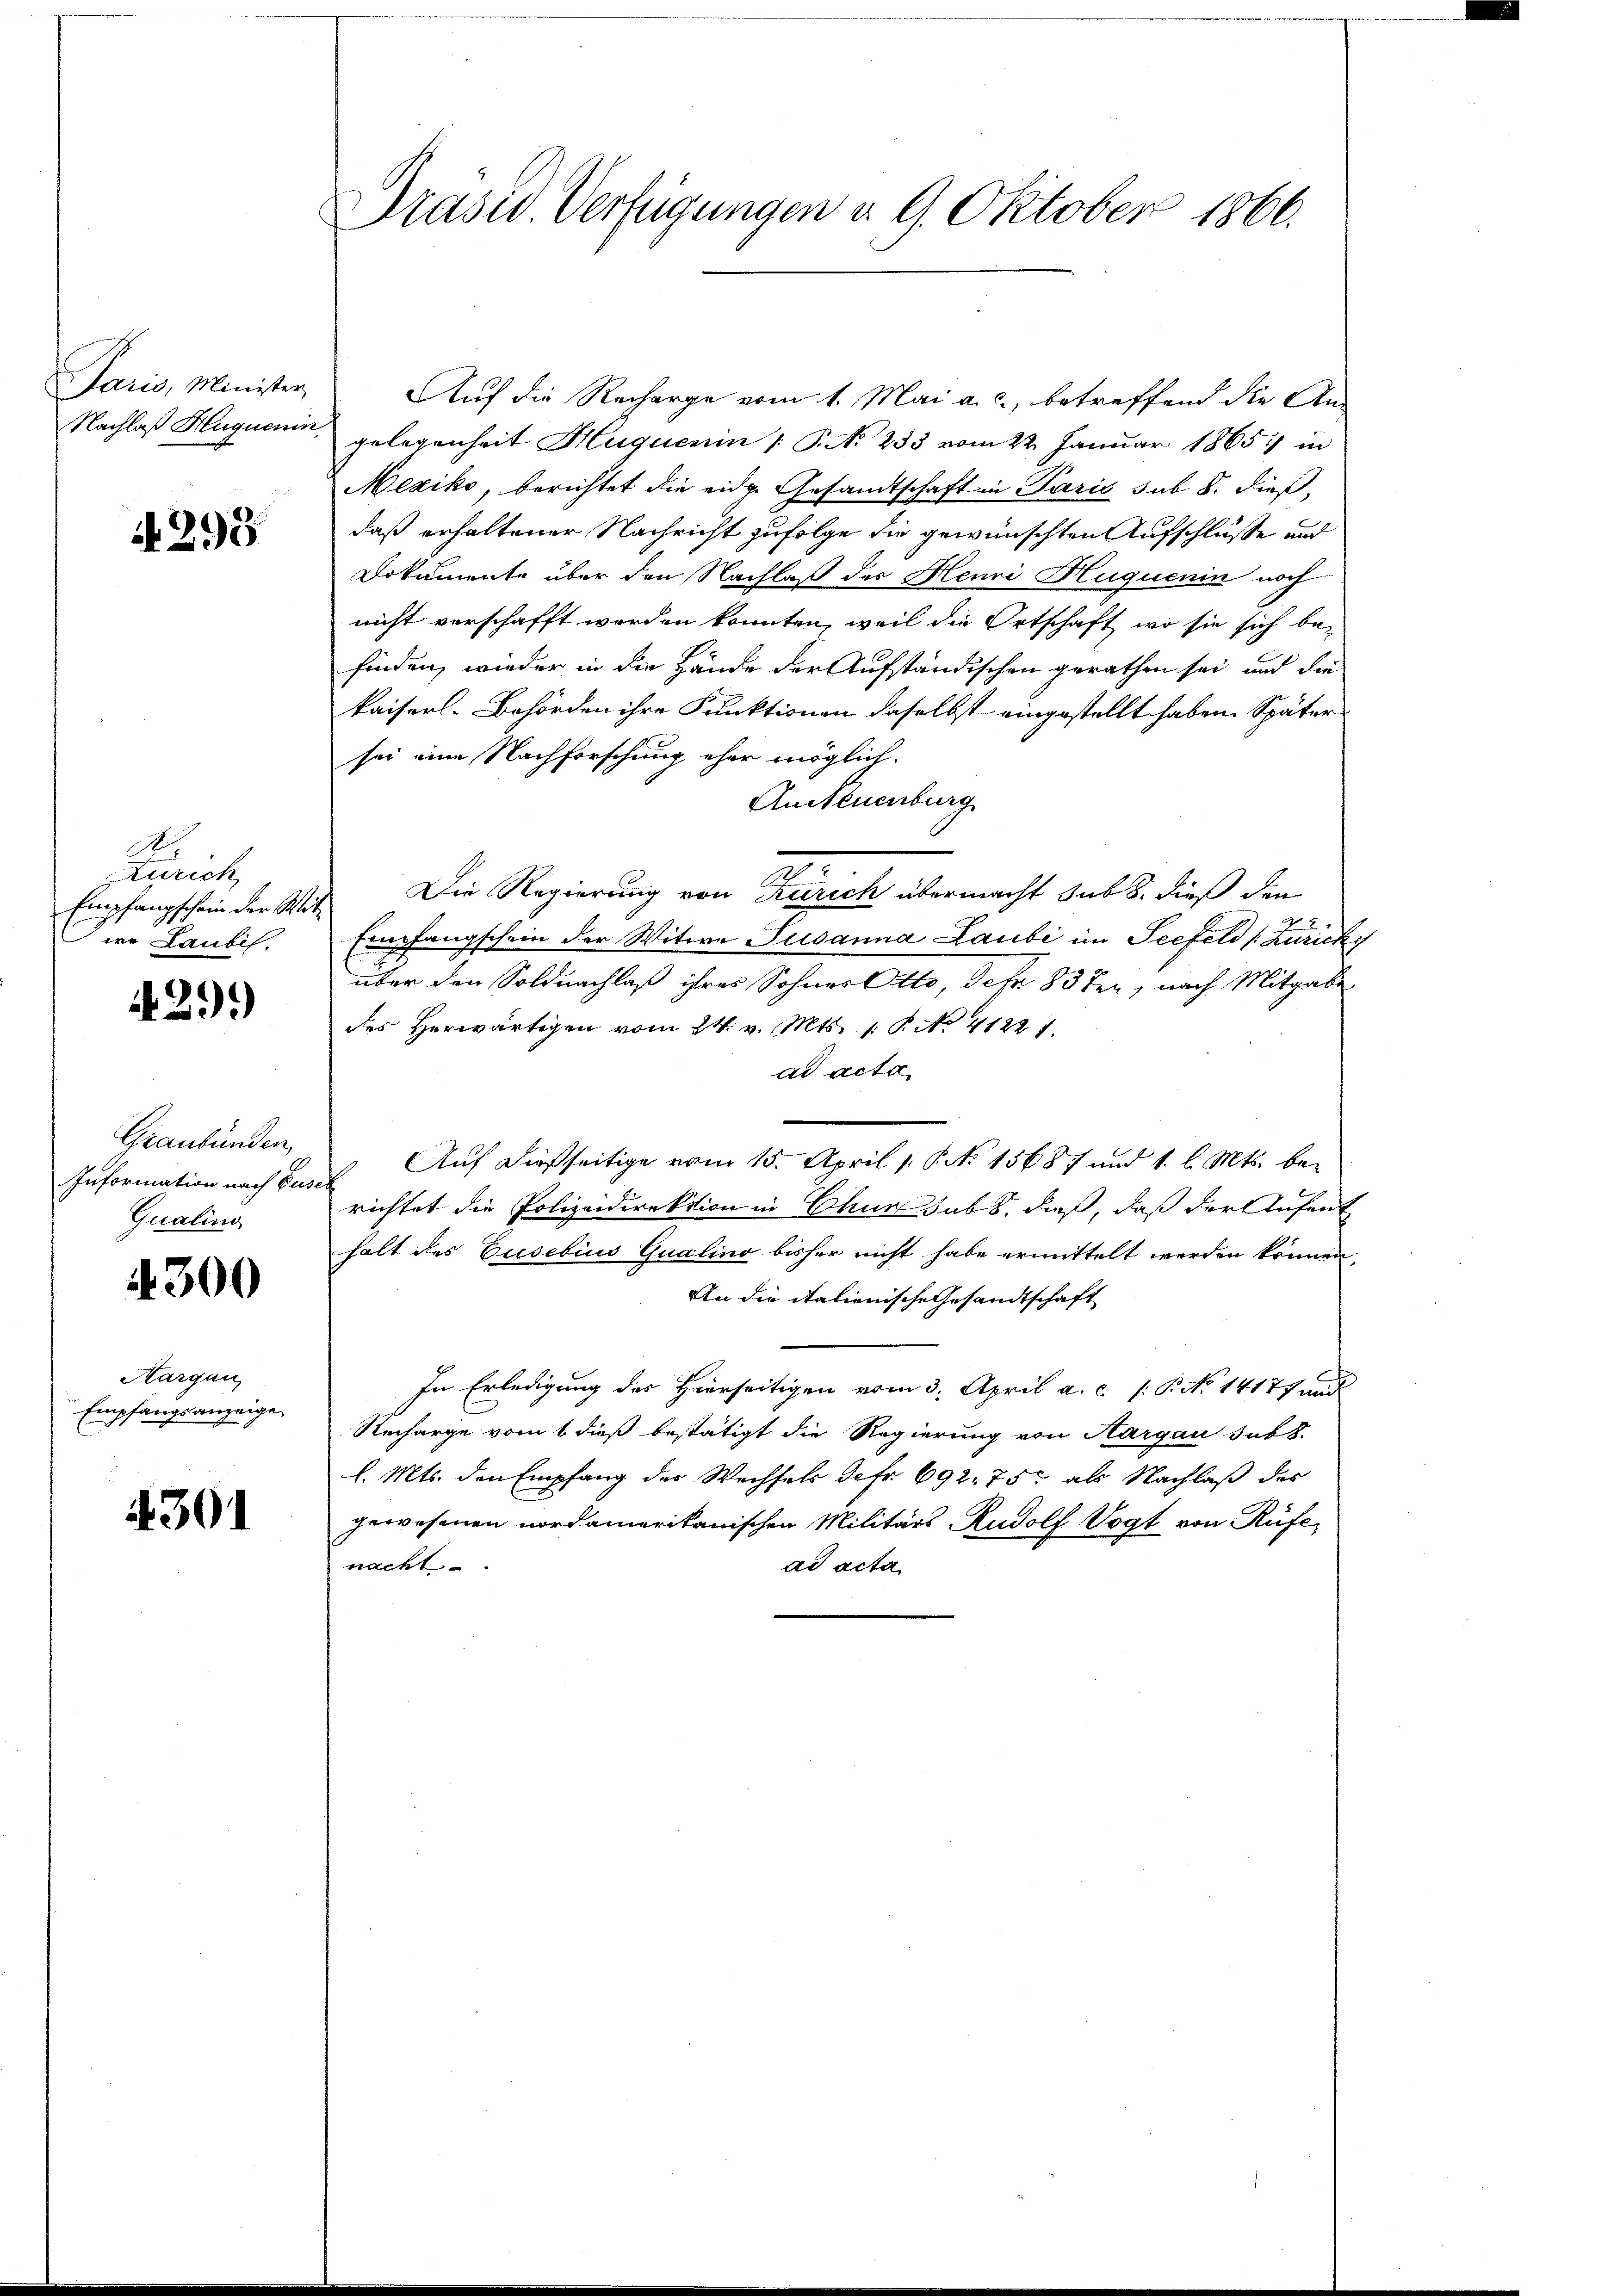
Paris, Minister,
Nachlaß Hluquenin

A 293

A
Zürich
Empfangschein der Witwe Laubes,

.29)

Graubünden,
Information nach Euser
Qualing

4300

Hargau,
Empfangsanzeige

4301

Präser Verfügungen d. 9. Oktober 1866.

Auf die Recharge vom 1. Mai a. c., betreffend die Angelegenheit Huquenin /: P. N. 233 vom 22. Januar 1865 in
Mexiko, berichtet die eidg. Gesandtschaft in Paris sub. 8. dieß,
daß erhaltener Nachricht zufolge die gewünschten Aufschlüsse and
Dokumente über den Nachlaß der Henri Huquenin noch
nicht verschafft worden konnten, weil die Ortschaft, wo sie sich be-
finden, wieder in die Hände der Aufständischen gerathen sei, und die
kaiserl. Behörden ihre Funktionen daselbst eingestellt haben. Später
sei eine Nachforschung eher möglich-
AnNeuenburg
Die Regierung von Zürich übermacht sub 8. dieß den
Empfangschein der Witwe Susanna Laubi im Seefeld (Zürich
über den Soldnachlaß ihres Sohnes Otto, Jefr. 83 ten, nach Mitgabe
des Herwärtigen vom 24. v. Mts. 1. P. No. 41221.
ad acta
 Auf dießseitige vom 15. April 1. P. No 15687 und 1. l. Mts. be-
richtet die Polizeidirektion in Chur sub 8, dieß, daß der Aufent
halt des Gusebius Qualino bisher nicht habe ermittelt werden können,
An die italienische Gesandtschaft
In Erledigung des Hierseitigen vom 3. April a. c. P. No 14177 und
Recharge vom 1 dieß bestätigt die Regierung von Aargau sub 8.
l. Mts. den Empfang der Wechsels defr. 692. 75 als Nachlaß des
gewesenen nordamerikanischen Militärs Rudolf Vogt von Rüfenacht.
ad acta